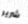
شرير